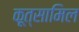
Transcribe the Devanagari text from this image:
कूत्सामिल